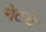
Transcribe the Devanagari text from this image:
नेटचे